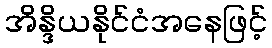
အိန္ဒိယနိုင်ငံအနေဖြင့်